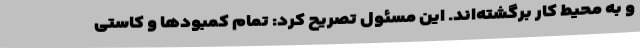
و به محیط کار برگشته‌اند. این مسئول تصریح کرد: تمام کمبودها و کاستی